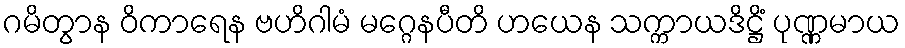
ဂမိတွာန ဝိကာရေန ဗဟိဂါမံ မဂ္ဂေနပီတိ ဟယေန သက္ကာယဒိဋ္ဌိံ ပုဏ္ဏမာယ